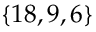
\{ 1 8 , 9 , 6 \}